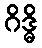
ဂိဒ္ဓိ